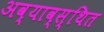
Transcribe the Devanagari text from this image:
अव्याव्स्थित